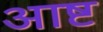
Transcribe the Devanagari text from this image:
आष्ट